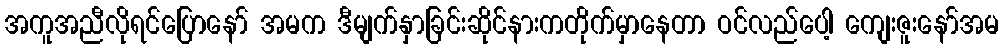
အကူအညီလိုရင်ပြောနော် အမက ဒီမျက်နှာခြင်းဆိုင်နားကတိုက်မှာနေတာ ဝင်လည်ပေါ့ ကျေးဇူးနော်အမ